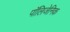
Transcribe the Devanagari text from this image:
पॉलिजेनिक